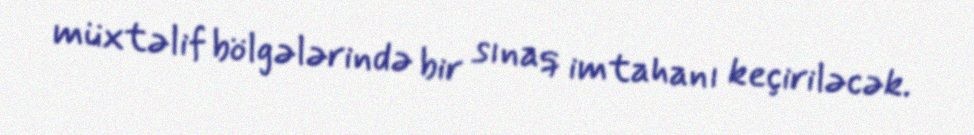
müxtəlif bölgələrində bir sınaq imtahanı keçiriləcək.